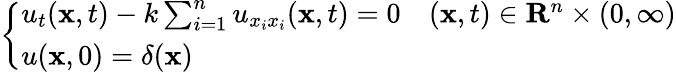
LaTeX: \left\{ \begin{array}{ll}{u_{t}(\mathbf{x},t)-k\sum_{i=1}^{n}u_{x_{i}x_{i}}(\mathbf{x},t)=0}&{(\mathbf{x},t)\in\mathbf{R}^{n}\times(0,\infty)}\\ {u(\mathbf{x},0)=\delta(\mathbf{x})}\end{array}\right.